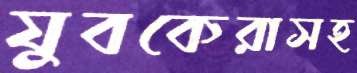
যুবকেরাসহ